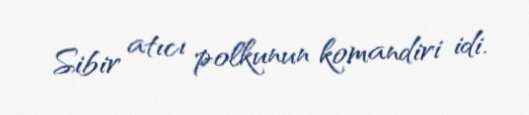
Sibir atıcı polkunun komandiri idi.